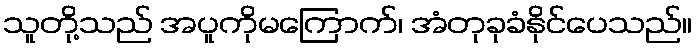
သူတို့သည် အပူကိုမကြောက်၊ အံတုခုခံနိုင်ပေသည်။